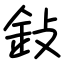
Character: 鈙